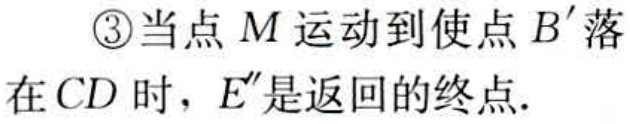
\textcircled{3}当点\(M\)运动到使点\(B'\)落\\在\(CD\)时，\(E''\)是返回的终点.